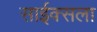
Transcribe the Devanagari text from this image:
साईक्सला